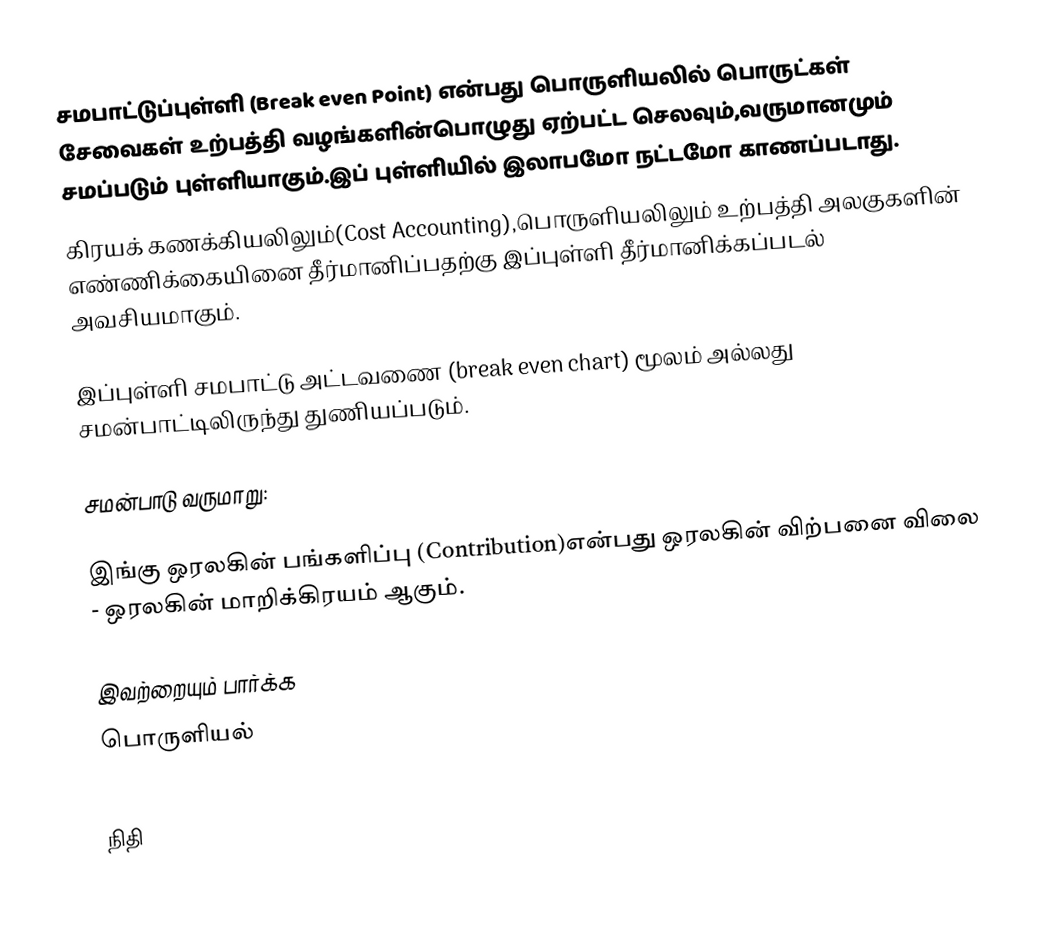
சமபாட்டுப்புள்ளி (Break even Point) என்பது பொருளியலில் பொருட்கள் சேவைகள் உற்பத்தி வழங்களின்பொழுது ஏற்பட்ட செலவும்,வருமானமும் சமப்படும் புள்ளியாகும்.இப் புள்ளியில் இலாபமோ நட்டமோ காணப்படாது.
கிரயக் கணக்கியலிலும்(Cost Accounting),பொருளியலிலும் உற்பத்தி அலகுகளின் எண்ணிக்கையினை தீர்மானிப்பதற்கு இப்புள்ளி தீர்மானிக்கப்படல் அவசியமாகும்.

இப்புள்ளி சமபாட்டு அட்டவணை (break even chart) மூலம் அல்லது சமன்பாட்டிலிருந்து துணியப்படும்.

சமன்பாடு வருமாறு:

இங்கு ஒரலகின் பங்களிப்பு (Contribution)என்பது ஒரலகின் விற்பனை விலை - ஒரலகின் மாறிக்கிரயம் ஆகும்.

இவற்றையும் பார்க்க
 பொருளியல்

நிதி